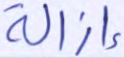
إزالة